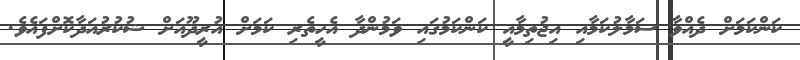
ކަންކަމަށް ދެއްވާ ސަމާލުކަމާއި އިޖުތިމާއީ ކަންކަމުގައި ވަމުންދާ އެހީތެރި ކަމަށް އުރީދޫއަށް ޝުކުރުއަދާކޮށްފައެވެ.